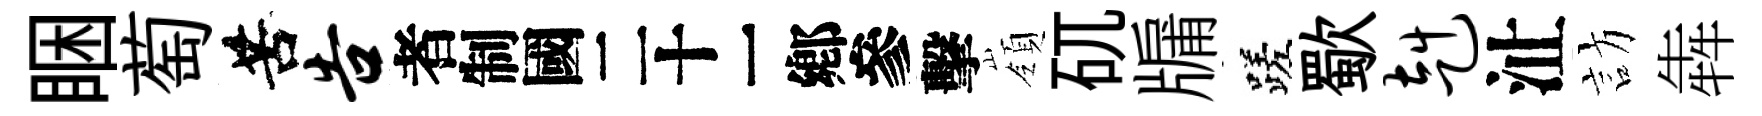
睏萄苦告识擊嶺矹牖蹉歜赳沚訪犇